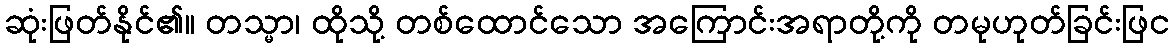
ဆုံးဖြတ်နိုင်၏။ တသ္မာ၊ ထိုသို့ တစ်ထောင်သော အကြောင်းအရာတို့ကို တမုဟုတ်ခြင်းဖြင